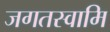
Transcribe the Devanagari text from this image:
जगतस्‍वामि